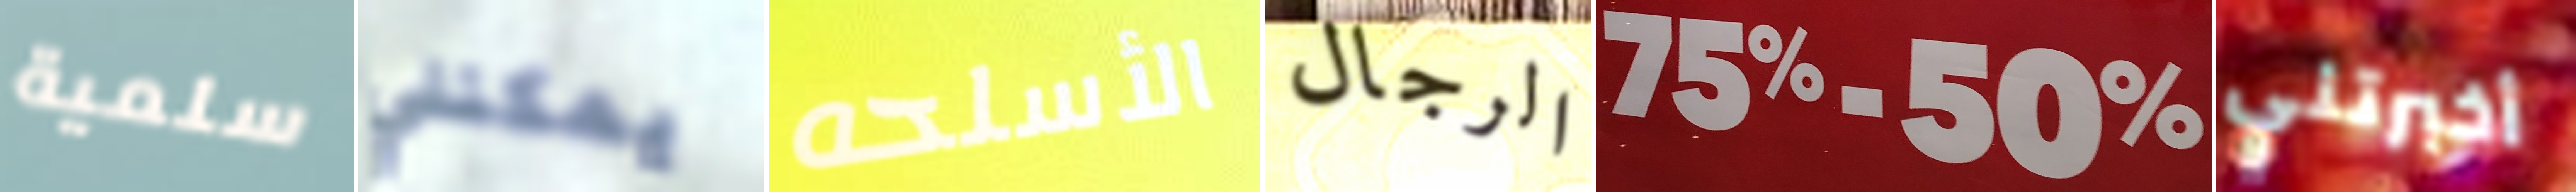
سلمية يمكنني الأسلحه الرجال 75%-50% أخبرتني